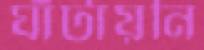
ঘাঁটায়নি